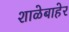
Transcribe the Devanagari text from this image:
शाळेबाहेर